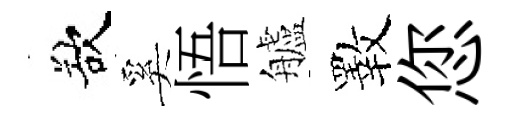
欲奚悟艫斁您